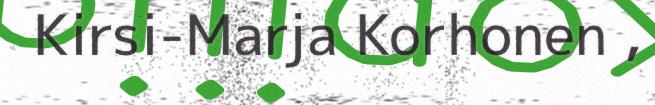
Kirsi-Marja Korhonen ,